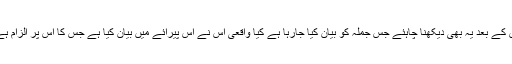
اس کے بعد یہ بھی دیکھنا چاہئے جس جملہ کو بیان کیا جارہا ہے کیا واقعی اس نے اس پیرائے میں بیان کیا ہے جس کا اس پر الزام ہے؟